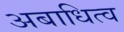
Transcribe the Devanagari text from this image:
अबाधित्व